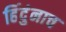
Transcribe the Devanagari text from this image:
हिंदुंनाच